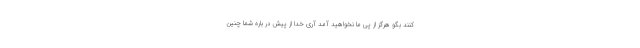
كنند بگو هرگز از پى ما نخواهيد آمد آرى خدا از پيش در باره شما چنين